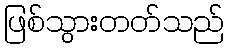
ဖြစ်သွားတတ်သည်